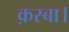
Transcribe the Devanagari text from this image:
क़स्बा।